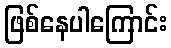
ဖြစ်နေပါကြောင်း